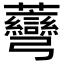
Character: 𧆅